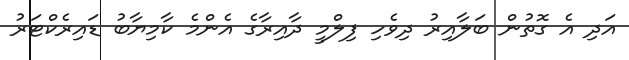
އަދި އެ ގޮތުން ބަލާއިރު ދިވެހި ފިލްމީ ދާއިރާގެ އެންމެ ކާމިޔާބު ޑައިރެކްޓަރު